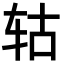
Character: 轱